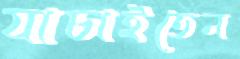
যাচাইতেন